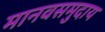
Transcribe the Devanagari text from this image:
मानवसमुदाय